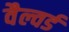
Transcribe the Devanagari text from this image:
वैल्वर्ड